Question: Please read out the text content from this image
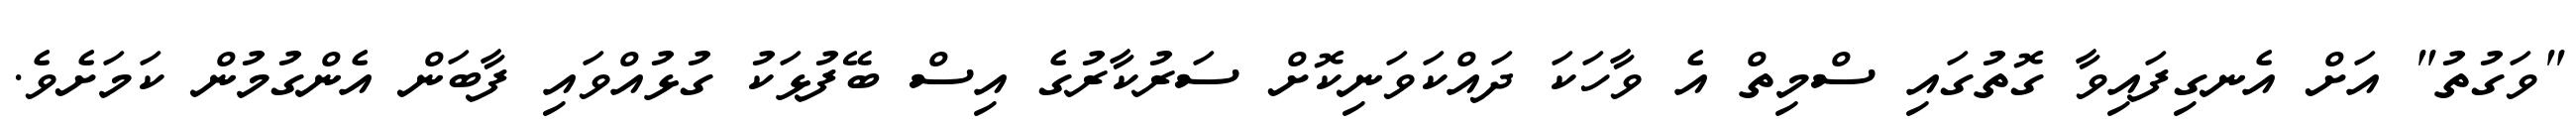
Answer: "ވަގުތު" އަށް އެނގިފައިވާ ގޮތުގައި ސްމިތް އެ ވާހަކަ ދައްކަވަނިކޮށް ސަރުކާރުގެ އިސް ބޭފުޅަކު ގުޅުއްވައި ފާބަން އެންގުމުން ކަމަށެވެ.